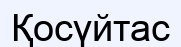
Қосүйтас